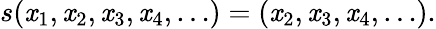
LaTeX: s(\mathit{x}_{1},\mathit{x}_{2},\mathit{x}_{3},\mathit{x}_{4},\ldots)=(\mathit{x}_{2},\mathit{x}_{3},\mathit{x}_{4},\ldots){\mathrm{{.}}}